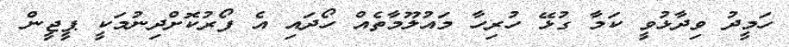
ހަމީދު ވިދާޅުވީ ކަމާ ގުޅޭ ހުރިހާ މައުލޫމާތެއް ހޯދައި އެ ފޯރުކޮށްދިނުމަކީ ޕީޖީން